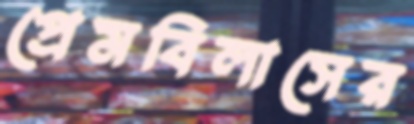
প্রেমবিলাসের